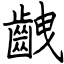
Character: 齥